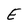
Character: E